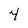
Character: 4